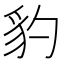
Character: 豹